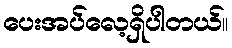
ပေးအပ်လေ့ရှိပါတယ်။